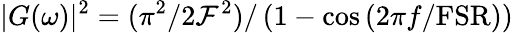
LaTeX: |G(\omega)|^{2}=(\pi^{2}/2\mathcal{F}^{2})/\left(1-\cos{(2\pi f/\mathrm{FSR})}\right)